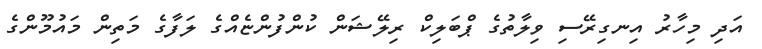
އަދި މިހާރު އިނގިރޭސި ވިލާތުގެ ޕްބަލިކް ރިލޭޝަން ކުންފުންޏެއްގެ ލަފާގެ މަތިން މައުމޫންގެ